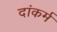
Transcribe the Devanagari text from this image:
दांकर्म